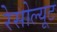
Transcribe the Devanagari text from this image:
रेसोल्यूट